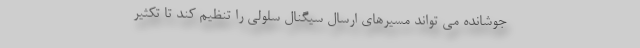
جوشانده می تواند مسیرهای ارسال سیگنال سلولی را تنظیم کند تا تکثیر